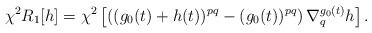
LaTeX: \begin{align*} \chi^2R_1[h]=\chi^2\left[\left( (g_0(t)+h(t))^{pq}- (g_0(t))^{pq}\right)\nabla_q^{g_0(t)}h \right].\end{align*}